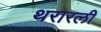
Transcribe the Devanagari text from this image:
थरारली